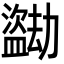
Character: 𬐼